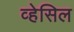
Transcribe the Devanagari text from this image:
व्हेसिल